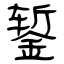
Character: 錾